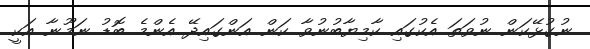
ނުގުޅޭކަން ނުވަތަ އެކުގައި ކާމިޔާބުނުވާ ކަން އަންގައިދޭ އެންމެ ބޮޑު ނަމޫނާ އަކީ